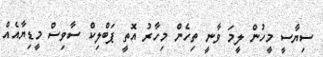
ސިޔާސީ މީހުން ލީމަ ވާނީ ތިހެން މިހާރު އޮތީ ޕަބްލިކް ސާވިސް މީޑިޔާއެއް